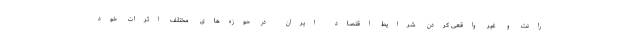
رانت و غیر واقعی کردن شرایط اقتصاد ایران در حوزه‌های مختلف اثرات خود